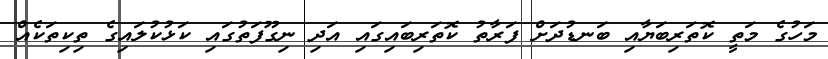
މަހުގެ މަތީ ކޮތަރިބަޔާއި ބަނޑުދަށް ފަރާތު ކޮތަރިބައިގައި އަދި ނިގޫފަތުގައި ކަޅުކުލައިގެ ތިކިތަކެއް